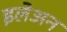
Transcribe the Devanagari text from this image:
इलेअन